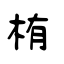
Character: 栯